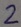
Text: 2